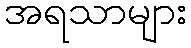
အရသာများ